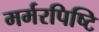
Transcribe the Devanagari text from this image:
मर्मरपिष्टि